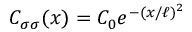
C _ { \sigma \sigma } ( x ) = C _ { 0 } e ^ { - ( x / \ell ) ^ { 2 } }